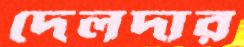
দেলদার